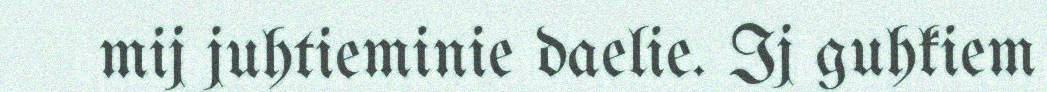
mij juhtieminie daelie. Ij guhkiem